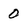
Character: 0